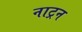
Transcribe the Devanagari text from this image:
नाट्रन